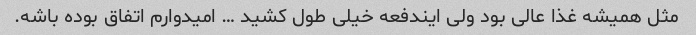
مثل همیشه غذا عالی بود ولی ایندفعه خیلی طول کشید … امیدوارم اتفاق بوده باشه.